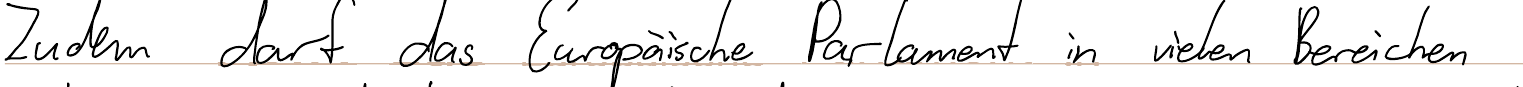
Zudem darf das Europäische Parlament in vielen Bereichen